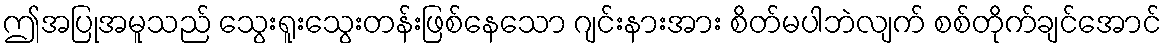
ဤအပြုအမူသည် သွေးရူးသွေးတန်းဖြစ်နေသော ဂျင်းနားအား စိတ်မပါဘဲလျက် စစ်တိုက်ချင်အောင်